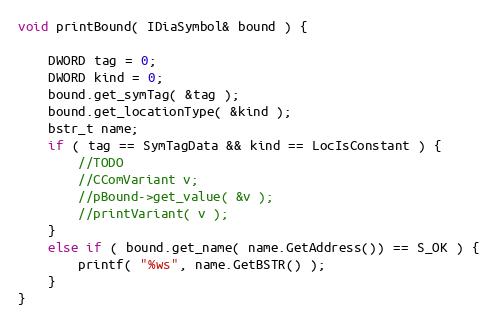
Language: C++
void printBound( IDiaSymbol& bound ) {

	DWORD tag = 0;
	DWORD kind = 0;
	bound.get_symTag( &tag );
	bound.get_locationType( &kind );
	bstr_t name;
	if ( tag == SymTagData && kind == LocIsConstant ) {
		//TODO
		//CComVariant v;
		//pBound->get_value( &v );
		//printVariant( v );
	}
	else if ( bound.get_name( name.GetAddress()) == S_OK ) {
		printf( "%ws", name.GetBSTR() );
	}
}